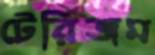
টেরিজম